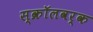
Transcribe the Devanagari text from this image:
स्क्रॉलवर्क